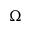
\Omega